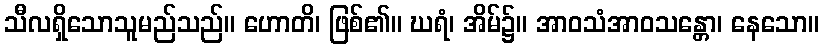
သီလရှိသောသူမည်သည်။ ဟောတိ၊ ဖြစ်၏။ ဃရံ၊ အိမ်၌။ အာဝသံအာဝသန္တော၊ နေသော။